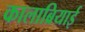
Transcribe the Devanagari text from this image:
कालाब्रियाई